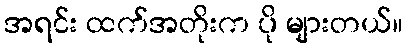
အရင်း ထက်အတိုးက ပို များတယ်။